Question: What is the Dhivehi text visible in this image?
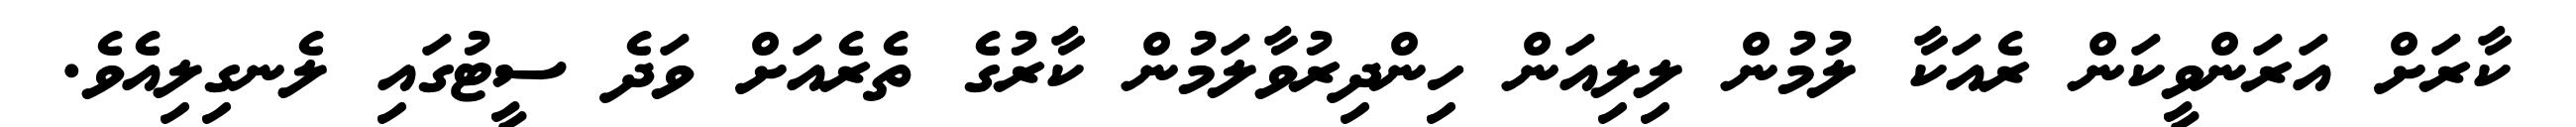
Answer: ކާރަށް އަރަންވީކަން ރެއަކާ ލުމުން ލިލިއަން ހިންދިރުވާލަމުން ކާރުގެ ތެރެއަށް ވަދެ ސީޓުގައި ލެނގިލިއެވެ.